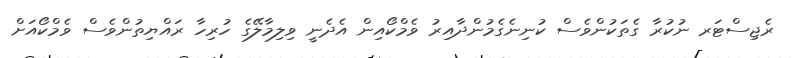
ރެޖިސްޓަރ ނުކުރާ ގެތަކުންވެސް ކުނިނެގެމުންދާއިރު ވެމްކޯއިން އެދެނީ ވިލިމާލޭގެ ހުރިހާ ރައްޔިތުންވެސް ވެމްކޯއަށް